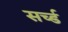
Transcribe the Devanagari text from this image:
सर्च्ड